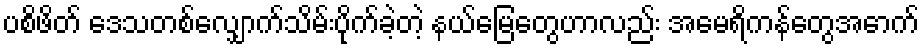
ပစိဖိတ် ဒေသတစ်လျှောက်သိမ်းပိုက်ခဲ့တဲ့ နယ်မြေတွေဟာလည်း အမေရိကန်တွေအောက်